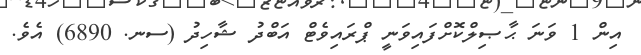
އިން 1 ވަނަ ޙާޞިލްކޮށްފައިވަނީ ޕްރައިވެޓް އަބްދު ޝާހިދު (ސނ. 6890) އެވެ.